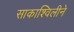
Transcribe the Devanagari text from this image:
साकाश्विलीने